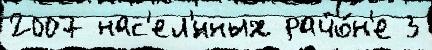
2007 нас'ел'́нных райо́н'е 3